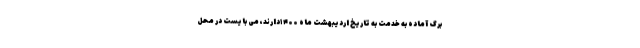
برگ آماده به خدمت به تاریخ اردیبهشت ماه ۱۴۰۰دارند، می بایست در محل